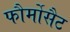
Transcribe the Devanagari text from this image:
फौर्मोसैट